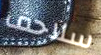
سلاحف